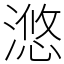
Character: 滺